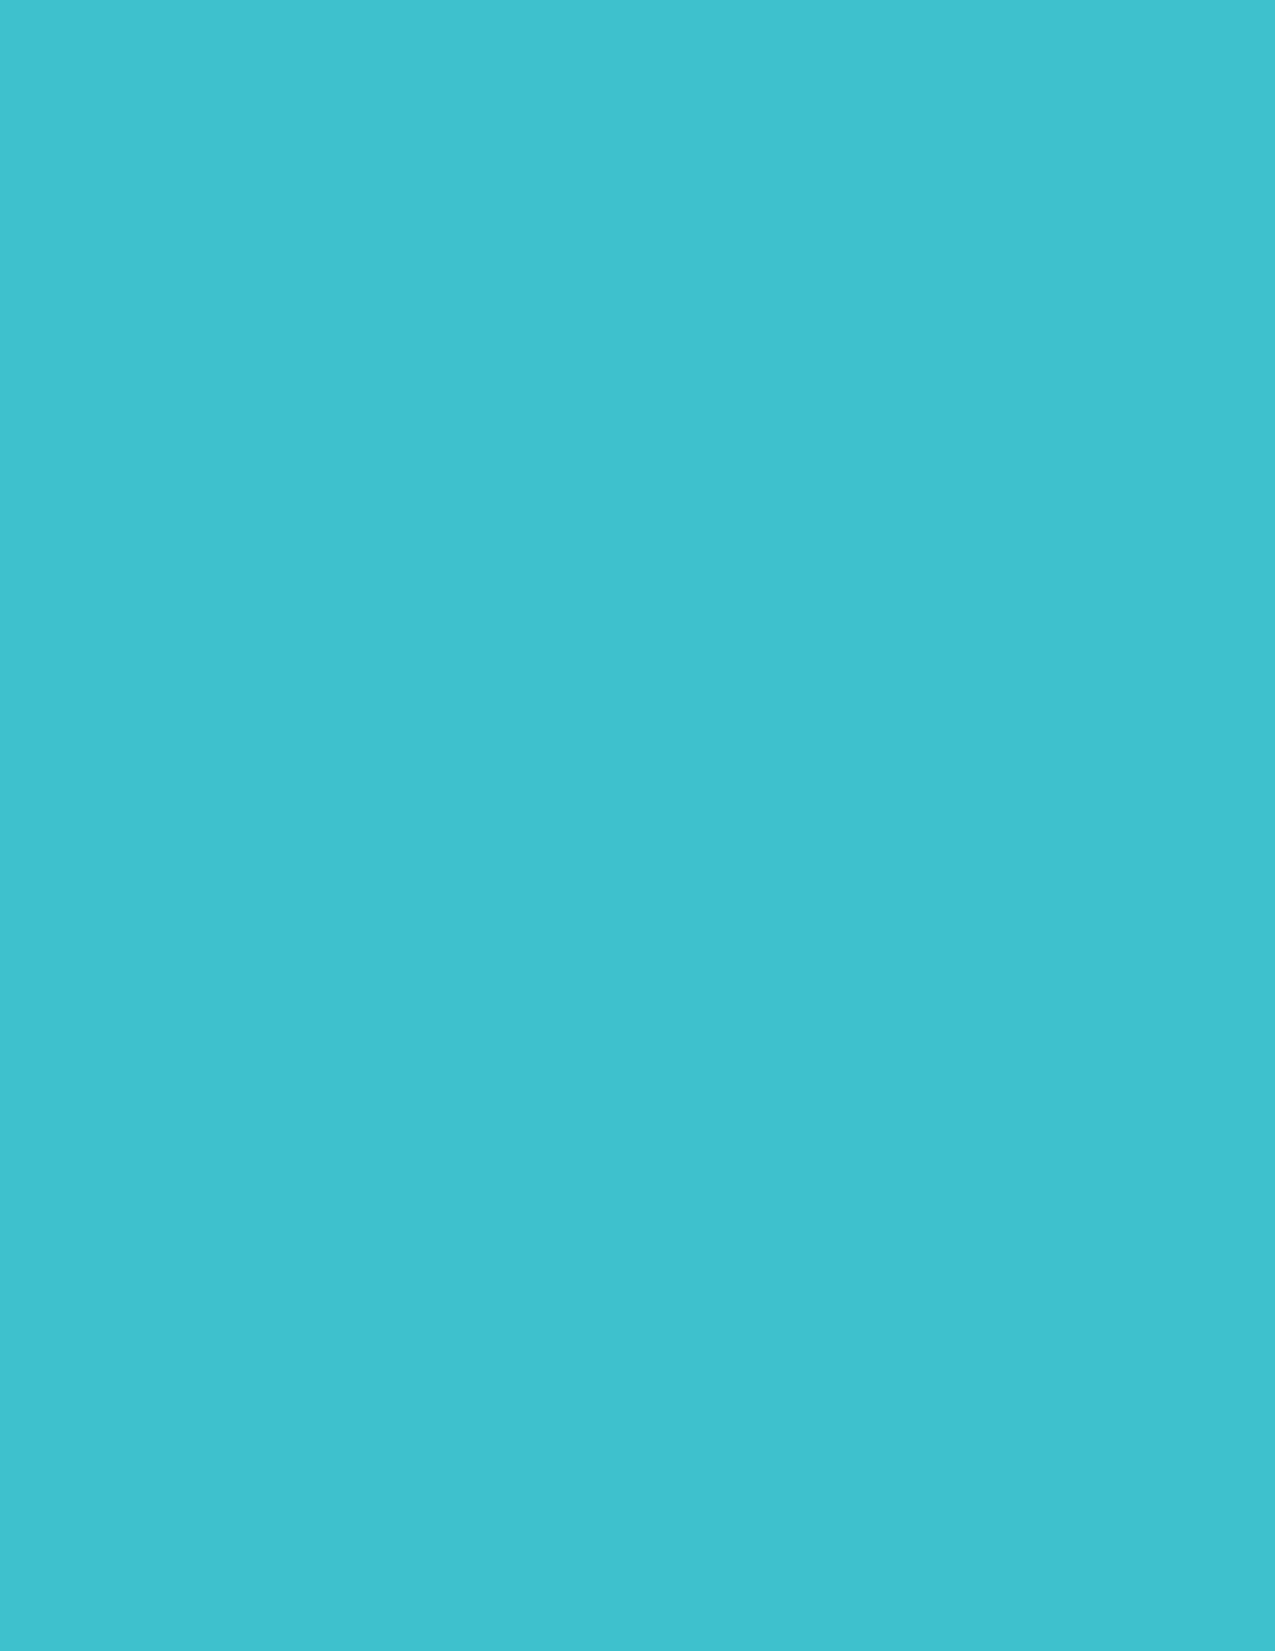
LLaayyeerr 55
 AADDAAPPTTEEDD
 BBUUIILLDDIINNGGSS
 130 City of Boston: Climate Ready Boston                   Climate Resilience Initiatives 131